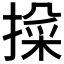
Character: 𫽱